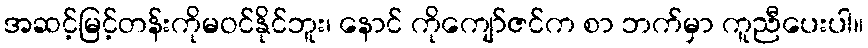
အဆင့်မြင့်တန်းကိုမဝင်နိုင်ဘူး၊ နောင် ကိုကျော်ဇင်က စာ ဘက်မှာ ကူညီပေးပါ။